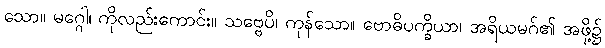
သော။ မဂ္ဂေါ၊ ကိုလည်းကောင်း။ သဗ္ဗေပိ၊ ကုန်သော။ ဗောဓိပက္ခိယာ၊ အရိယမဂ်၏ အဖို့၌